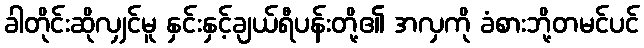
ခါတိုင်းဆိုလျှင်မူ နှင်းနှင့်ချယ်ရီပန်းတို့၏ အလှကို ခံစားဘို့တမင်ပင်